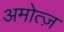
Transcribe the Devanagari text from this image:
अमोत्ज़